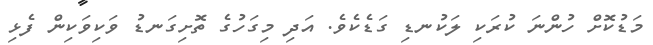
މަޑުކޮށް ހުންނަ ކުރަކި ލަކުނޑި ގަޑެކެވެ. އަދި މިގަހުގެ ތޮށިގަނޑު ވަކިވަކިން ފެޅި